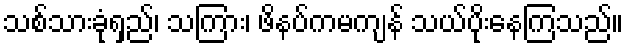
သစ်သားခုံရှည်၊ သကြား၊ ဖိနပ်ကမကျန် သယ်ပိုးနေကြသည်။